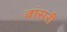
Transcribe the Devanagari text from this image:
बांसरी